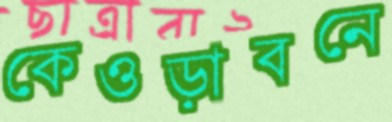
কেওড়াবনে